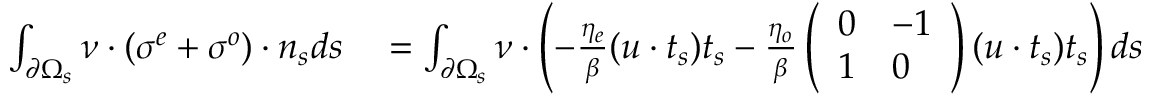
\begin{array} { r l } { \int _ { \partial \Omega _ { s } } \boldsymbol { \nu } \cdot ( \boldsymbol { \sigma ^ { e } } + \boldsymbol { \sigma ^ { o } } ) \cdot \boldsymbol { n _ { s } } d s } & { { } = \int _ { \partial \Omega _ { s } } \boldsymbol { \nu } \cdot \left( - \frac { \eta _ { e } } { \beta } ( \boldsymbol { u } \cdot \boldsymbol { t _ { s } } ) \boldsymbol { t _ { s } } - \frac { \eta _ { o } } { \beta } \left( \begin{array} { l l } { 0 } & { - 1 } \\ { 1 } & { 0 } \end{array} \right) ( \boldsymbol { u } \cdot \boldsymbol { t _ { s } } ) \boldsymbol { t _ { s } } \right) d s } \end{array}